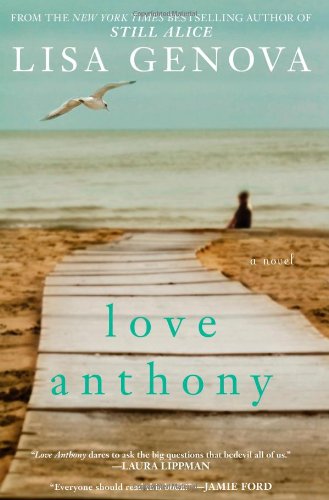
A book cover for Love Anthony; Lisa Genova; Literature & Fiction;